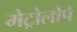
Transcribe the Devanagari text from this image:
मेट्रोलोपे